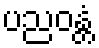
ပညဝန္တံ